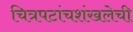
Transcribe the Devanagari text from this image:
चित्रपटांचशंखलेची